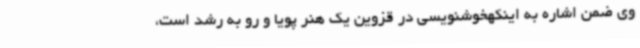
وی ضمن اشاره به اینکهخوشنویسی در قزوین یک هنر پویا و رو به رشد است،